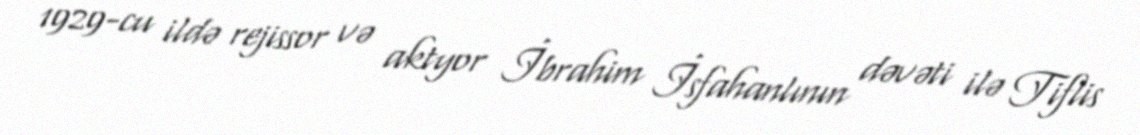
1929-cu ildə rejissor və aktyor İbrahim İsfahanlının dəvəti ilə Tiflis